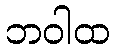
ဘဝါထ